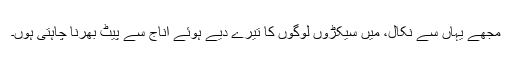
مجھے یہاں سے نکال، میں سیکڑوں لوگوں کا تیرے دیے ہوئے اناج سے پیٹ بھرنا چاہتی ہوں۔